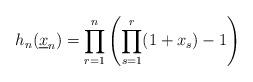
LaTeX: \begin{align*}h_n(\underline x_n) = \prod_{r=1}^n \left( \prod_{s=1}^r (1+x_s) - 1 \right)\end{align*}